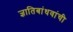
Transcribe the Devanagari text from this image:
ज्ञातिबांधवांची